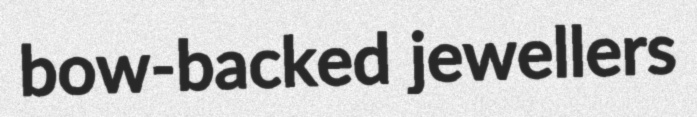
bow-backed jewellers